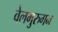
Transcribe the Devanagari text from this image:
वेलमुरुगन